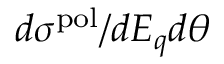
d \sigma ^ { \mathrm { p o l } } / d E _ { q } d \theta